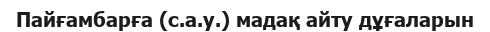
Пайғамбарға (с.а.у.) мадақ айту дұғаларын